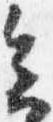
会